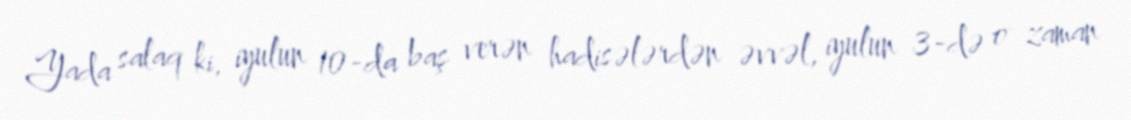
Yada salaq ki, iyulun 10-da baş verən hadisələrdən əvvəl, iyulun 3-də o zaman